Civil Veterinary Dept. Assam report 1911-1927 - 1911-1927
Year: 1911
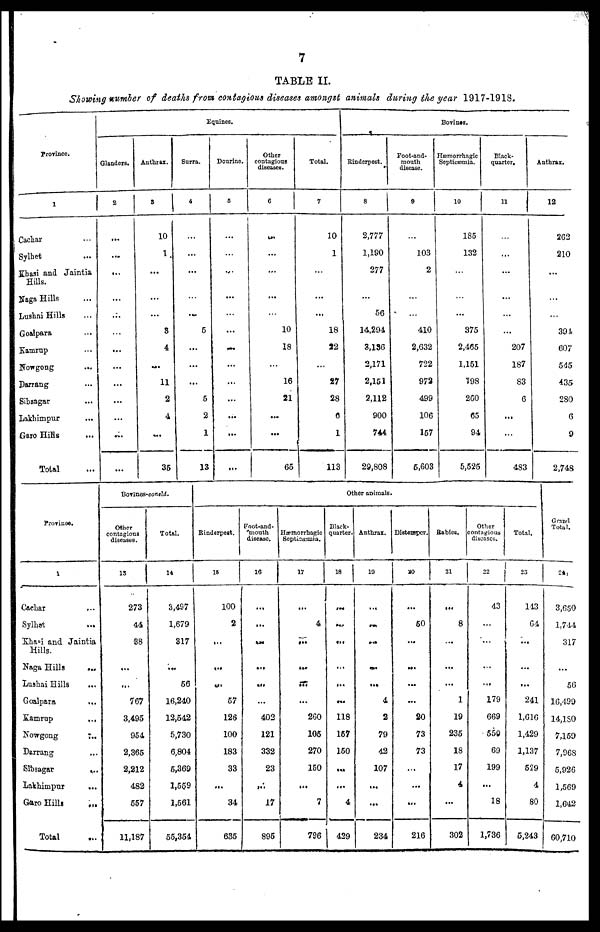
7
TABLE II.
Showing number of deaths front contagious diseases amongst animals during the year 1917-1918.
Province.
1
Cachar ...
Sylhet ...
Khasi and Jaintia
Hills.
Naga Hills ...
Lushai Hills ...
Goalpara ...
Kamrnp ...
Nowgong ...
Darrang ...
Sibsagar ...
Lakhimpur ...
Garo Hills ...
Total ...
Equines.
Glanders.
2
...
...
...
...
...
...
...
...
...
...
...
...
...
Anthrax.
3
10
1
...
...
...
3
4
...
11
2
4
...
35
Surra.
4
...
...
...
...
...
5
...
...
...
5
2
1
13
Dourine.
5
...
...
...
...
...
...
...
...
...
...
...
...
...
Other
contagious
diseases.
6
...
...
...
...
...
10
18
...
16
21
...
...
65
Total.
7
10
1
...
...
...
18
22
...
27
28
6
1
113
Bovines.
Rinderpest.
8
2,777
1,190
277
...
56
14,294
3,136
2,171
2,151
2,112
900
744
29,808
Foot-and-
mouth
disease.
9
...
103
2
...
...
410
2,632
722
972
499
106
157
5,603
Hæmorrhagic
Septicæmia.
10
185
132
...
...
...
375
2,465
1,151
798
260
65
94
5,525
Black-
quarter.
11
...
...
...
...
...
...
207
187
83
6
...
...
483
Anthrax.
12
262
210
...
...
...
394
607
545
435
280
6
9
2,748
Province.
1
Cachar ...
Sylhet
...
Khasi and Jaintia
Hills.
Naga Hills
...
Lushai Hills ...
Goalpara
...
Kamrup
...
Nowgong
...
Darrang ...
Sibsagar
...
Lakhimpur
...
Garo
Hills
...
Total ...
Bovines- concld.
Other
contagious
diseases.
13
273
44
38
...
...
767
3,495
954
2,365
2,212
482
557
11,187
Total.
14
3,497
1,679
317
...
56
16,240
12,542
5,730
6,804
5,369
1,559
1,561
55,354
Other animals.
Rinderpest.
15
100
2
...
...
...
57
126
100
183
33
...
34
635
Foot-and-
mouth
disease.
18
...
...
...
...
...
...
402
121
332
23
...
17
895
Hæmorrhagic
Septicæmia.
17
...
4
...
...
...
...
260
105
270
150
...
7
796
Black-
quarter.
18
...
....
...
...
...
...
118
157
150
...
...
4
429
Anthrax.
19
...
...
...
...
...
4
2
79
42
107
...
...
234
Distemper.
20
...
50
...
...
...
...
20
73
73
...
...
...
216
Babies.
21
...
8
...
...
...
1
19
235
18
17
4
...
302
Other
contagious
diseases.
22
43
...
...
...
...
179
669
559
69
199
...
18
1,736
Total.
23
143
64
...
...
...
241
1,616
1,429
1,137
559
4
80
5,243
Grand
Total.
241
3,650
1,744
317
...
50
16,499
14,180
7,159
7,968
5,926
1,569
1,642
60,710